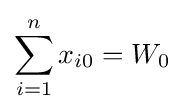
\sum _{i=1}^{n}x_{i0}=W_{0}